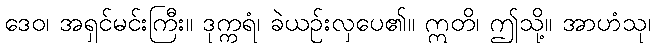
ဒေဝ၊ အရှင်မင်းကြီး။ ဒုက္ကရံ၊ ခဲယဉ်းလှပေ၏။ ဣတိ၊ ဤသို့။ အာဟံသု၊